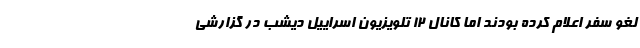
لغو سفر اعلام کرده بودند اما کانال 12 تلویزیون اسراییل دیشب در گزارشی